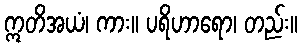
ဣတိအယံ၊ ကား။ ပရိဟာရော၊ တည်း။